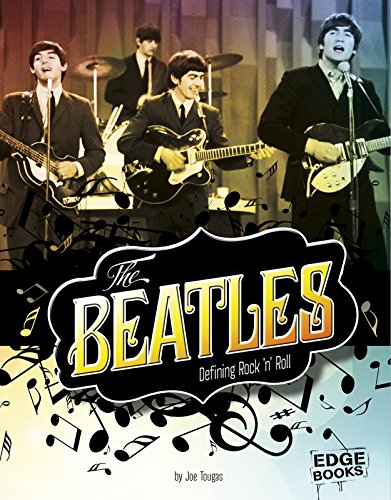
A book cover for The Beatles: Defining Rock 'n' Roll (Legends of Rock); Joe Tougas; Humor & Entertainment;